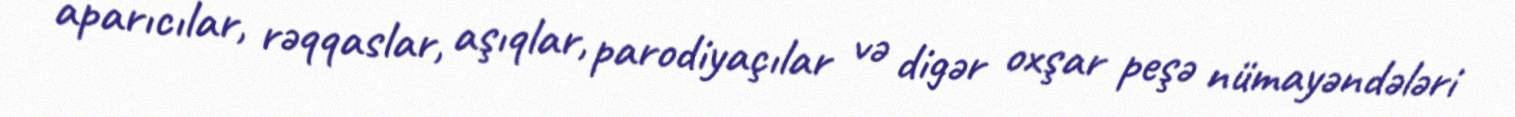
aparıcılar, rəqqaslar, aşıqlar, parodiyaçılar və digər oxşar peşə nümayəndələri